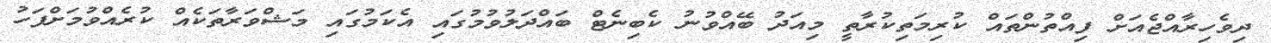
ދިވެހިރާއްޖެއަށް ފިއްތުންތައް ކުރިމަތިކުރާތީ މިއަދު ބޭއްވުނު ކެބިނެޓް ބައްދަލުވުމުގައި އެކަމުގައި މަޝްވަރާތަކެއް ކުރެއްވުމަށްފަހު